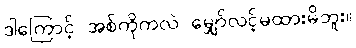
ဒါကြောင့် အစ်ကိုကလဲ မျှော်လင့်မထားမိဘူး။